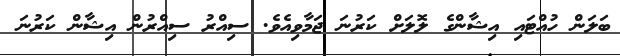
ބަލަން ހުއްޓައި އިޝާންގެ ލޮލަށް ކަރުނަ ޖަމާވިއެވެ. ސިއްރު ސިއްރުން އިޝާން ކަރުނަ